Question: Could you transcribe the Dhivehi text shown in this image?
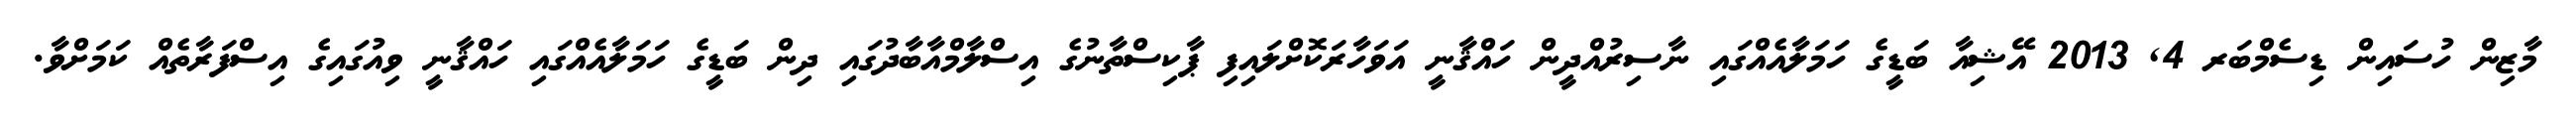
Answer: މާޒިން ހުސައިން ޑިސެމްބަރ 4, 2013 އޭޝިއާ ބަޑީގެ ހަމަލާއެއްގައި ނާސިރުއްދީން ހައްޤާނީ އަވަހާރަކޮށްލައިފި ޕާކިސްތާނުގެ އިސްލާމްއާބާދުގައި ދިން ބަޑީގެ ހަމަލާއެއްގައި ހައްޤާނީ ވިއުގައިގެ އިސްފަރާތެއް ކަމަށްވާ.